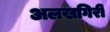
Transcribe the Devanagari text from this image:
अलखगिरी